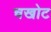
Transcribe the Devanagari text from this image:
चखोट